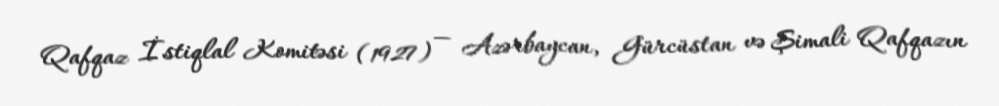
Qafqaz İstiqlal Komitəsi (1927) — Azərbaycan, Gürcüstan və Şimali Qafqazın